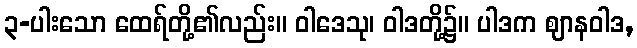
၃-ပါးသော ထေရ်တို့၏လည်း။ ဝါဒေသု၊ ဝါဒတို့၌။ ပါဒက ဈာနဝါဒ,